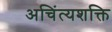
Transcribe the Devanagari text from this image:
अचिंत्यशक्ति